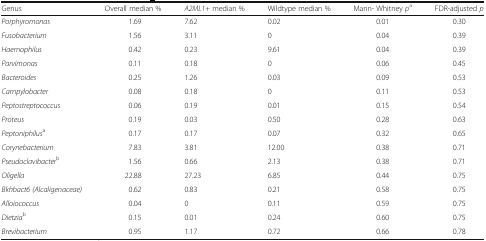
<table><thead><tr><td><b>Genus</b></td><td><b>Overall median %</b></td><td><b><i>A2ML1+</i> median %</b></td><td><b>Wildtype median %</b></td><td><b>Mann- Whitney <i>p</i><sup>a</sup></b></td><td><b>FDR-adjusted <i>p</i></b></td></tr></thead><tbody><tr><td><i>Porphyromonas</i></td><td>1.69</td><td>7.62</td><td>0.02</td><td>0.01</td><td>0.30</td></tr><tr><td><i>Fusobacterium</i></td><td>1.56</td><td>3.11</td><td>0</td><td>0.04</td><td>0.39</td></tr><tr><td><i>Haemophilus</i></td><td>0.42</td><td>0.23</td><td>9.61</td><td>0.04</td><td>0.39</td></tr><tr><td><i>Parvimonas</i></td><td>0.11</td><td>0.18</td><td>0</td><td>0.06</td><td>0.45</td></tr><tr><td><i>Bacteroides</i></td><td>0.25</td><td>1.26</td><td>0.03</td><td>0.09</td><td>0.53</td></tr><tr><td><i>Campylobacter</i></td><td>0.08</td><td>0.18</td><td>0</td><td>0.11</td><td>0.53</td></tr><tr><td><i>Peptostreptococcus</i></td><td>0.06</td><td>0.19</td><td>0.01</td><td>0.15</td><td>0.54</td></tr><tr><td><i>Proteus</i></td><td>0.19</td><td>0.03</td><td>0.50</td><td>0.28</td><td>0.63</td></tr><tr><td><i>Peptoniphilus</i><sup>a</sup></td><td>0.17</td><td>0.17</td><td>0.07</td><td>0.32</td><td>0.65</td></tr><tr><td><i>Corynebacterium</i></td><td>7.83</td><td>3.81</td><td>12.00</td><td>0.38</td><td>0.71</td></tr><tr><td><i>Pseudoclavibacter</i><sup>b</sup></td><td>1.56</td><td>0.66</td><td>2.13</td><td>0.38</td><td>0.71</td></tr><tr><td><i>Oligella</i></td><td>22.88</td><td>27.23</td><td>6.85</td><td>0.44</td><td>0.75</td></tr><tr><td><i>Bkhbact6 (Alcaligenaceae)</i></td><td>0.62</td><td>0.83</td><td>0.21</td><td>0.58</td><td>0.75</td></tr><tr><td><i>Alloiococcus</i></td><td>0.04</td><td>0</td><td>0.11</td><td>0.59</td><td>0.75</td></tr><tr><td><i>Dietzia</i><sup>b</sup></td><td>0.15</td><td>0.01</td><td>0.24</td><td>0.60</td><td>0.75</td></tr><tr><td><i>Brevibacterium</i></td><td>0.95</td><td>1.17</td><td>0.72</td><td>0.66</td><td>0.78</td></tr></tbody></table>